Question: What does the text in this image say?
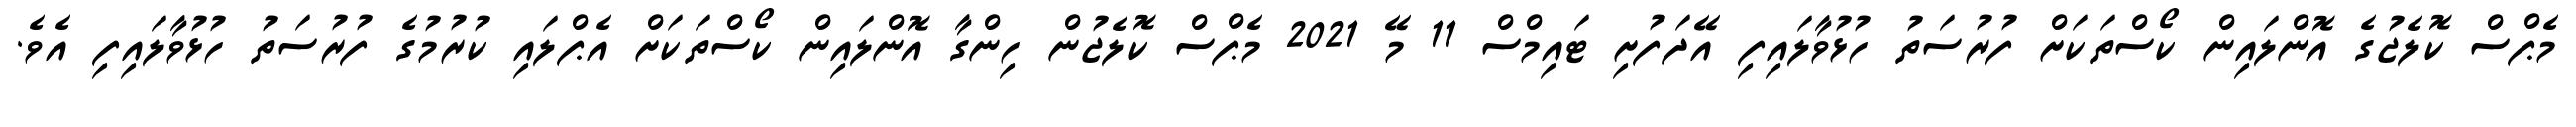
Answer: މެޕްސް ކޮލެޖުގެ އޮންލައިން ކޯސްތަކަށް ފުރުސަތު ހުޅުވާލައިފި އޭދަފުށި ޓައިމްސް 11 މޭ 2021 މެޕްސް ކޮލެޖުން ހިންގާ އޮންލައިން ކޯސްތަކަށް އެޕްލައި ކުރުމުގެ ފުރުސަތު ހުޅުވާލައިފި އެވެ.